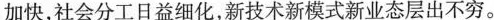
加快，社会分工日益细化，新技术新模式新业态层出不穷。